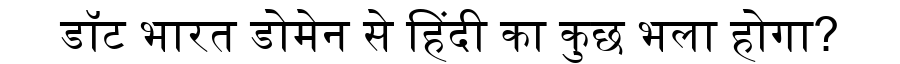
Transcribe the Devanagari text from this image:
डॉट भारत डोमेन से हिंदी का कुछ भला होगा?